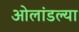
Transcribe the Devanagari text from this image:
ओलांडल्या